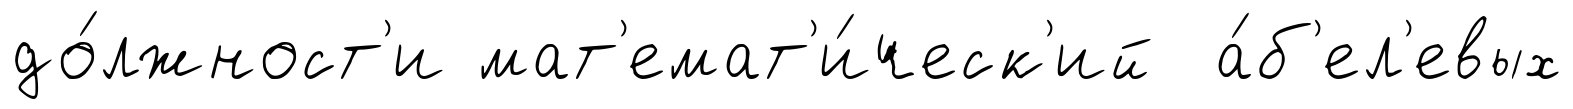
до́лжност'и мат'емат'и́ческ'ий а́б'ел'евых